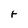
Character: r